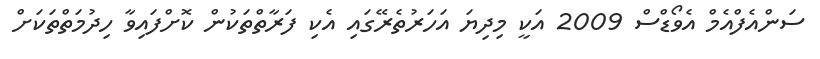
ސަންއެފްއެމް އެވޯޑްސް 2009 އަކީ މިދިޔަ އަހަރުތެރޭގައި އެކި ފަރާތްތަކުން ކޮށްފައިވާ ހިދުމަތްތަކަށް